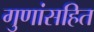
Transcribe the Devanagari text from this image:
गुणांसहित